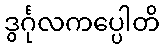
ဒွင်္ဂုလကပ္ပေါတိ